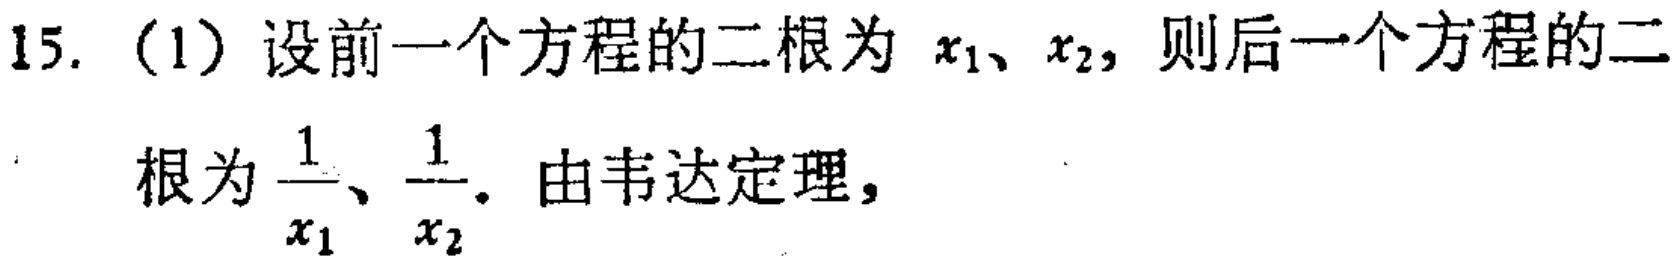
15.（1）设前一个方程的二根为 \(x_1、x_2\)，则后一个方程的二根为 \(\frac{1}{x_1}、\frac{1}{x_2}\)。由韦达定理，